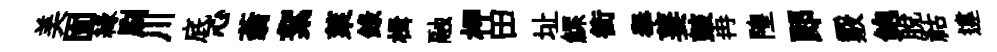
美固縁刷川底心蓊絮萊録楫融柙田址鰥衝𦦙萋皷冉隍郎覈鲍脱祜違